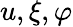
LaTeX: u,\xi,\varphi